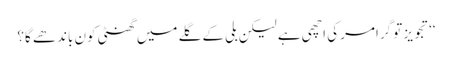
‘‘تجویز تو گرامر کی اچھی ہے لیکن بلی کے گلے میں گھنٹی کون باندھے گا؟